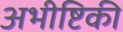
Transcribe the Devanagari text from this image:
अभीष्टिकी